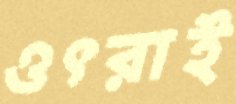
ওৎরাই